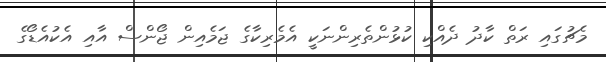
މެޗުގައި ރަތް ކާދު ދެއްކި ކުޅުންތެރިންނަކީ އެމެރިކާގެ ޖަމެއިން ޖޯންސް އާއި އެކުއެޑޯގެ